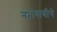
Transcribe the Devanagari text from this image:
नभोवाणीचे